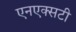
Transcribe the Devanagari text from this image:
एनएक्सटी